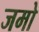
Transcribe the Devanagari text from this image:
जमो